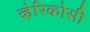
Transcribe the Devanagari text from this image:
व्हेरिकोसी